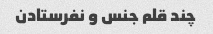
چند قلم جنس و نفرستادن